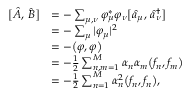
\begin{array} { r l } { \bigl [ \hat { A } , \, \hat { B } \bigr ] } & { = - \sum _ { \mu , \nu } \varphi _ { \mu } ^ { * } \varphi _ { \nu } \bigl [ \hat { a } _ { \mu } , \, \hat { a } _ { \nu } ^ { \dagger } \bigr ] } \\ & { = - \sum _ { \mu } | \varphi _ { \mu } | ^ { 2 } } \\ & { = - \bigl ( \varphi , \varphi \bigr ) } \\ & { = - \frac { 1 } { 2 } \sum _ { n , m = 1 } ^ { M } \alpha _ { n } \alpha _ { m } \bigl ( f _ { n } , f _ { m } \bigr ) } \\ & { = - \frac { 1 } { 2 } \sum _ { n = 1 } ^ { M } \alpha _ { n } ^ { 2 } \bigl ( f _ { n } , f _ { n } \bigr ) , } \end{array}